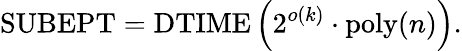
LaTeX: {\mathrm{SUBEPT}}={\mathrm{DTIME}}\left(2^{o(k)}\cdot{\mathrm{poly}}(n)\right).